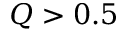
Q > 0 . 5